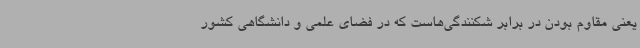
یعنی مقاوم بودن در برابر شکنندگی‌هاست که در فضای علمی و دانشگاهی کشور